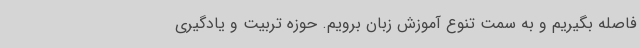
فاصله بگیریم و به سمت تنوع آموزش زبان برویم. حوزه تربیت و یادگیری